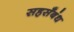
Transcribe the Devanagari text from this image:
सहसँबंध